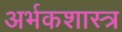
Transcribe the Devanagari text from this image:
अर्भकशास्त्र